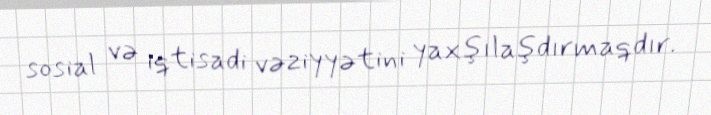
sosial və iqtisadi vəziyyətini yaxşılaşdırmaqdır.